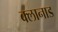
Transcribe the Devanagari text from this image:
क्लानाड